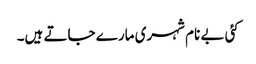
کئی بے نام شہری مارے جاتے ہیں۔